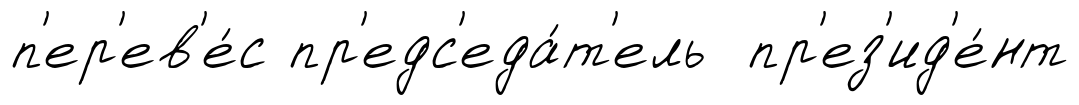
п'ер'ев'е́с пр'едс'еда́т'ель пр'ез'ид'е́нт